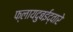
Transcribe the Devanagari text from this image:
फ्लायदुबईद्वारे